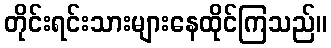
တိုင်းရင်းသားများနေထိုင်ကြသည်။